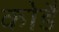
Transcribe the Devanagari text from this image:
कोडै